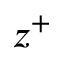
z ^ { + }